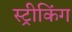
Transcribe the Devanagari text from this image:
स्ट्रीकिंग